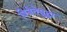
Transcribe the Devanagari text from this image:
विजेतेसुद्धा